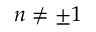
n \neq \pm 1